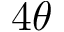
4 \theta